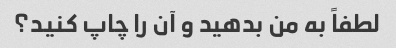
لطفاً به من بدهید و آن را چاپ کنید؟